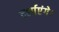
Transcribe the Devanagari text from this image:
दर्शाएंगे।